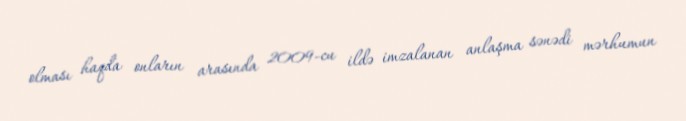
olması haqda onların arasında 2009-cu ildə imzalanan anlaşma sənədi mərhumun